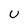
Character: U